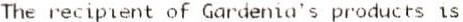
THE RECIPIENT OF GARDENIA'S PRODUCTS IS